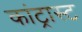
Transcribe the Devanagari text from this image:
कांट्रास्ट